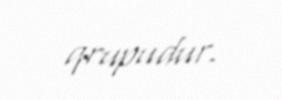
qrupudur.